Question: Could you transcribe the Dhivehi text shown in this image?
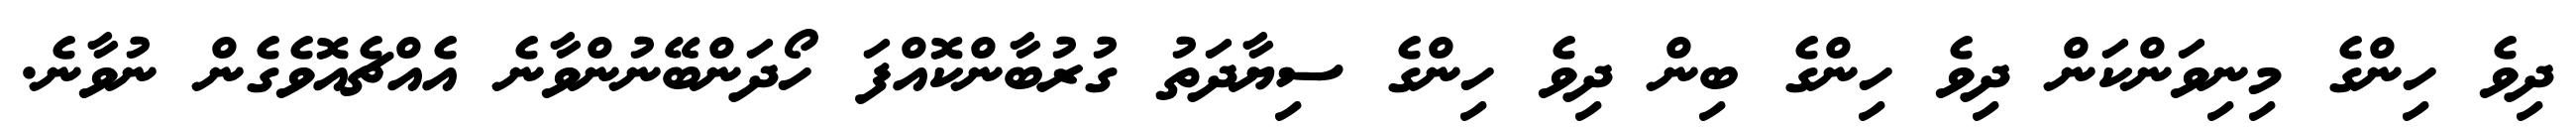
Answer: ދިވެ ހިންގެ މިނިވަންކަން ދިވެ ހިންގެ ބިން ދިވެ ހިންގެ ސިޔާދަތު ގުރުބާންކޮއްފަ ހޯދަންބޭނުންވާނެ އެއްޗެއޮވެގެން ނުވާނެ.